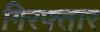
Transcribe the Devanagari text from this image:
गिरफ्तार